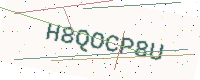
Text: H8QOCP8U